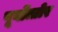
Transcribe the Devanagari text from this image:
पूर्वोत्तोर